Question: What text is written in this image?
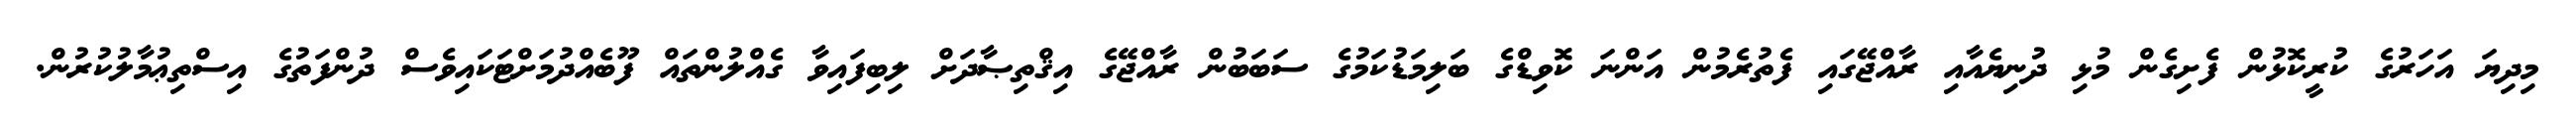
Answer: މިދިޔަ އަހަރުގެ ކުރީކޮޅުން ފެށިގެން މުޅި ދުނިޔެއާއި ރާއްޖޭގައި ފެތުރެމުން އަންނަ ކޮވިޑްގެ ބަލިމަޑުކަމުގެ ސަބަބުން ރާއްޖޭގެ އިޤްތިޞާދަށް ލިބިފައިވާ ގެއްލުންތައް ފޫބެއްދުމަށްޓަކައިވެސް ދުންފަތުގެ އިސްތިޢުމާލުކުރުން.